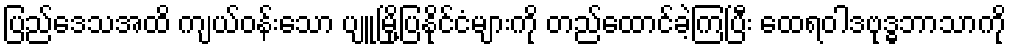
ပြည်ဒေသအထိ ကျယ်ဝန်းသော ပျူမြို့ပြနိုင်ငံများကို တည်ထောင်ခဲ့ကြပြီး ထေရဝါဒဗုဒ္ဓဘာသာကို